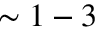
\sim 1 - 3